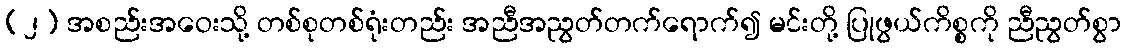
(၂) အစည်းအဝေးသို့ တစ်စုတစ်ရုံးတည်း အညီအညွတ်တက်ရောက်၍ မင်းတို့ ပြုဖွယ်ကိစ္စကို ညီညွတ်စွာ